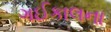
ગઈકાલના